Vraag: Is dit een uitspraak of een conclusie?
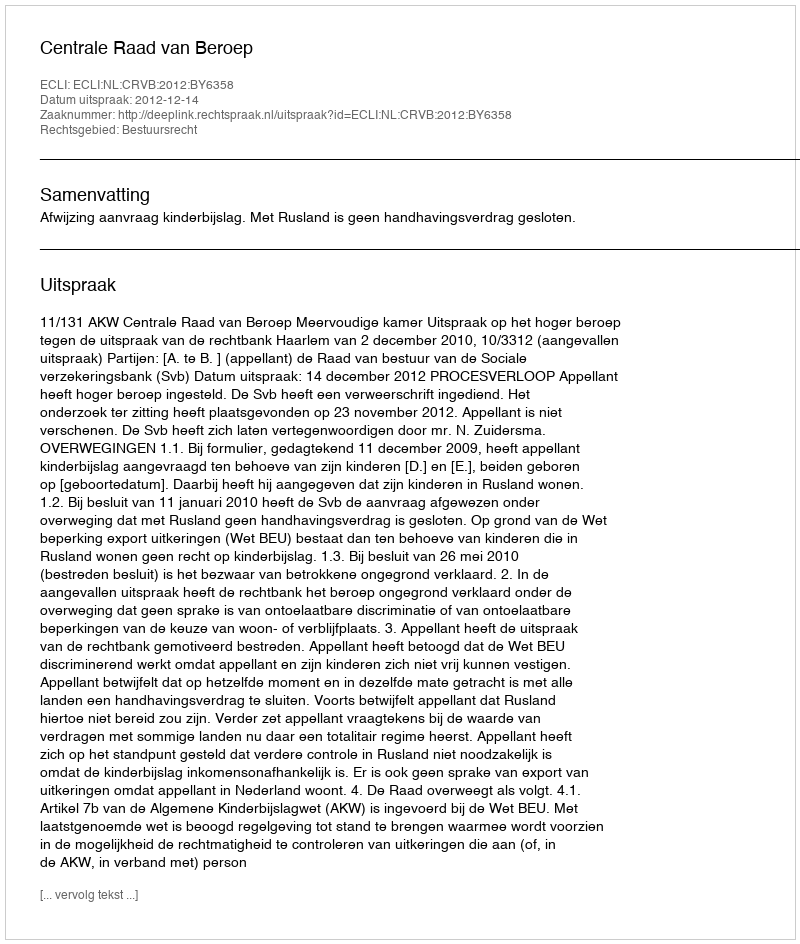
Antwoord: Uitspraak